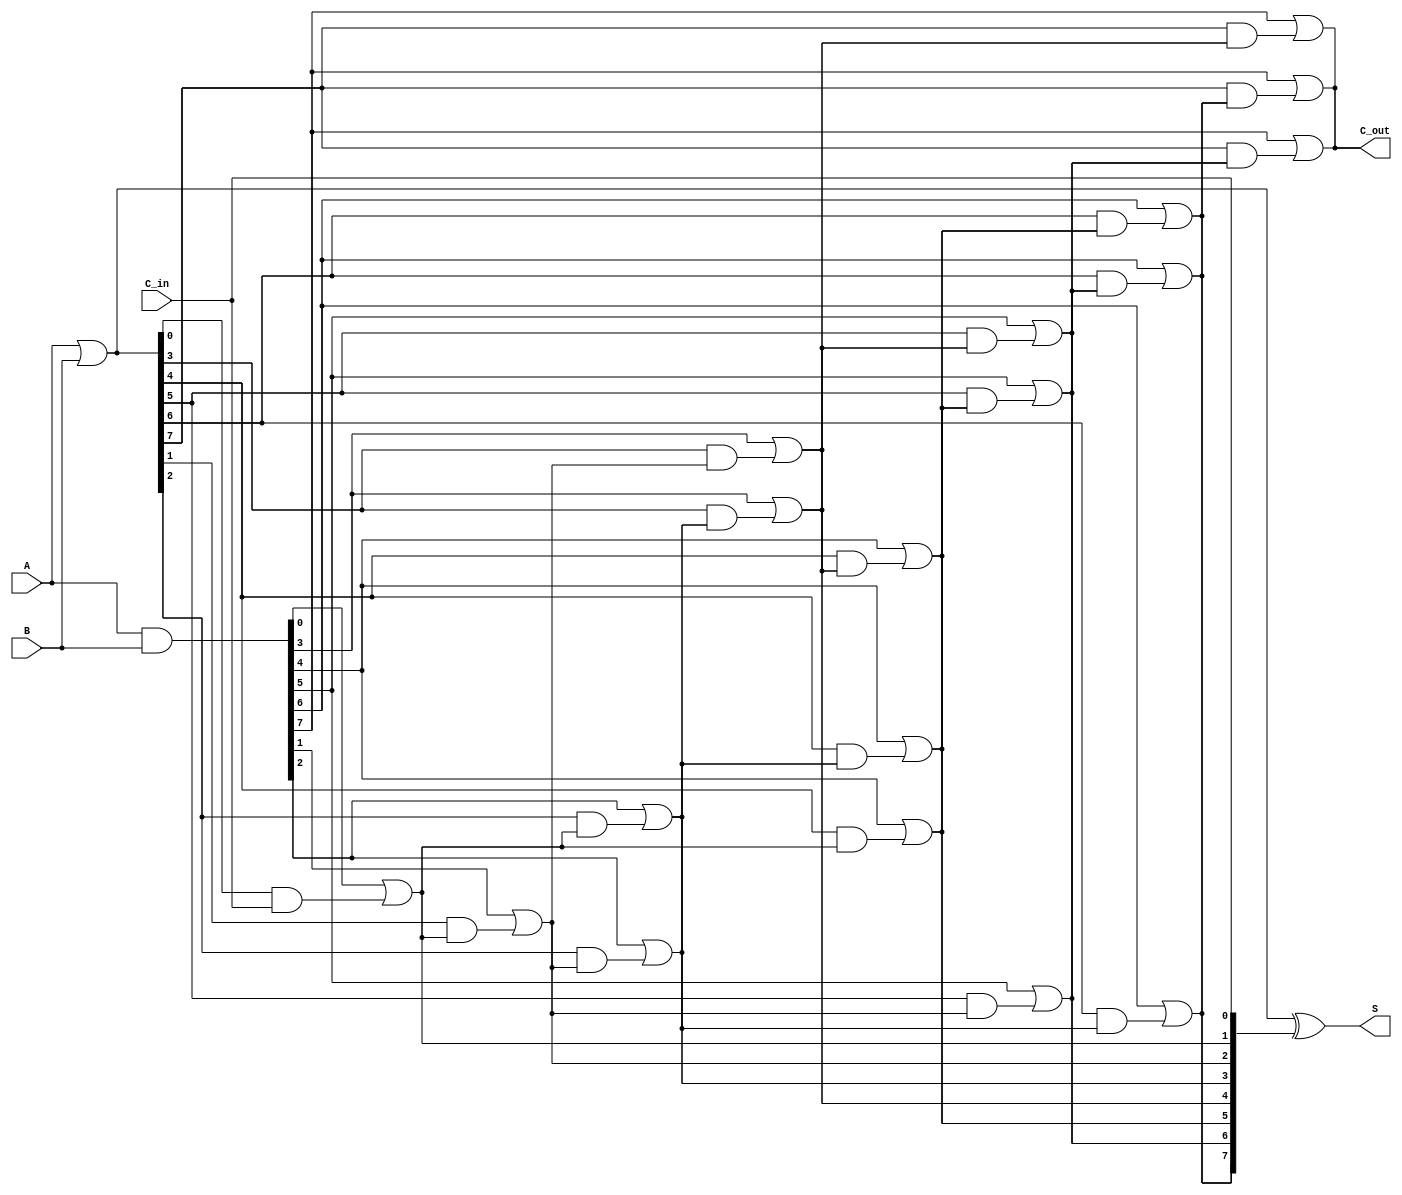
module KoggeStoneAdder #(parameter N = 8) (
    input [N-1:0] A,
    input [N-1:0] B,
    input C_in,
    output [N-1:0] S,
    output C_out
);

    // Generate and Propagate signals
    wire [N-1:0] G; // Generate
    wire [N-1:0] P; // Propagate
    wire [N:0] C;   // Carry

    // Generate and Propagate calculations
    assign G = A & B;          // G[i] = A[i] & B[i]
    assign P = A | B;          // P[i] = A[i] | B[i]
    
    // Carry initialization
    assign C[0] = C_in;        // C[0] = C_in

    // Carry generation using Kogge-Stone logic
    genvar i, j;
    generate
        // Stage 1
        for (i = 0; i < N; i = i + 1) begin
            if (i == 0) begin
                assign C[i + 1] = G[i] | (P[i] & C[0]);
            end else begin
                assign C[i + 1] = G[i] | (P[i] & C[i]);
            end
        end

        // Stage 2 and beyond
        for (j = 1; j < N; j = j * 2) begin
            for (i = 0; i < N; i = i + 1) begin
                if (i >= j) begin
                    assign C[i + 1] = G[i] | (P[i] & C[i - j + 1]);
                end
            end
        end
    endgenerate

    // Sum calculation
    assign S = P ^ C[N-1:0]; // S[i] = P[i] ^ C[i]

    // Carry out
    assign C_out = C[N];

endmodule